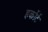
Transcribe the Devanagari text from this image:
हर्कोर्ट